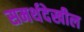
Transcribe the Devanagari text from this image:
समर्थदेखील